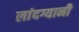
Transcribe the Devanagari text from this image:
लांदग्यानी